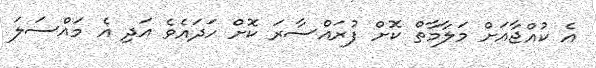
އެ ކުއްޖާއަށް މަލާމާތް ކޮށް ފުރައްސާރަ ކޮށް ހަދައެވެ އަދި އެ މައްސަލަ